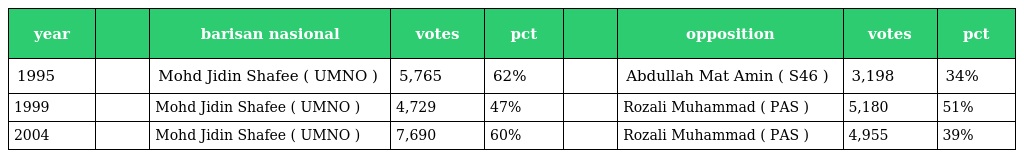
| year |  | barisan nasional | votes | pct |  | opposition | votes | pct |
 | --- | --- | --- | --- | --- | --- | --- | --- | --- |
 | 1995 |  | Mohd Jidin Shafee ( UMNO ) | 5,765 | 62% |  | Abdullah Mat Amin ( S46 ) | 3,198 | 34% |
 | 1999 |  | Mohd Jidin Shafee ( UMNO ) | 4,729 | 47% |  | Rozali Muhammad ( PAS ) | 5,180 | 51% |
 | 2004 |  | Mohd Jidin Shafee ( UMNO ) | 7,690 | 60% |  | Rozali Muhammad ( PAS ) | 4,955 | 39% |